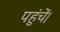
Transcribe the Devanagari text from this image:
पहुंचें।